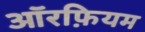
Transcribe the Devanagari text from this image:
ऑरफ़ियम